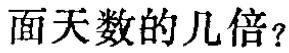
面天数的几倍？